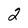
Character: 2